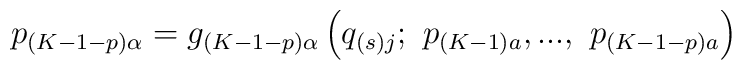
p_{\left( K-1-p\right) \alpha }=g_{\left( K-1-p\right) \alpha }\left(q_{\left( s\right) j};\ p_{\left( K-1\right) a},...,\ p_{\left( K-1-p\right)a}\right)